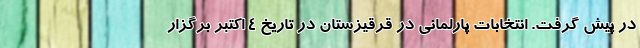
در پیش گرفت. انتخابات پارلمانی در قرقیزستان در تاریخ 4 اکتبر برگزار